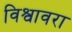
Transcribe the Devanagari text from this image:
विश्वावरा